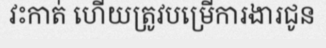
វះកាត់ ហើយត្រូវបម្រើការងារជូន